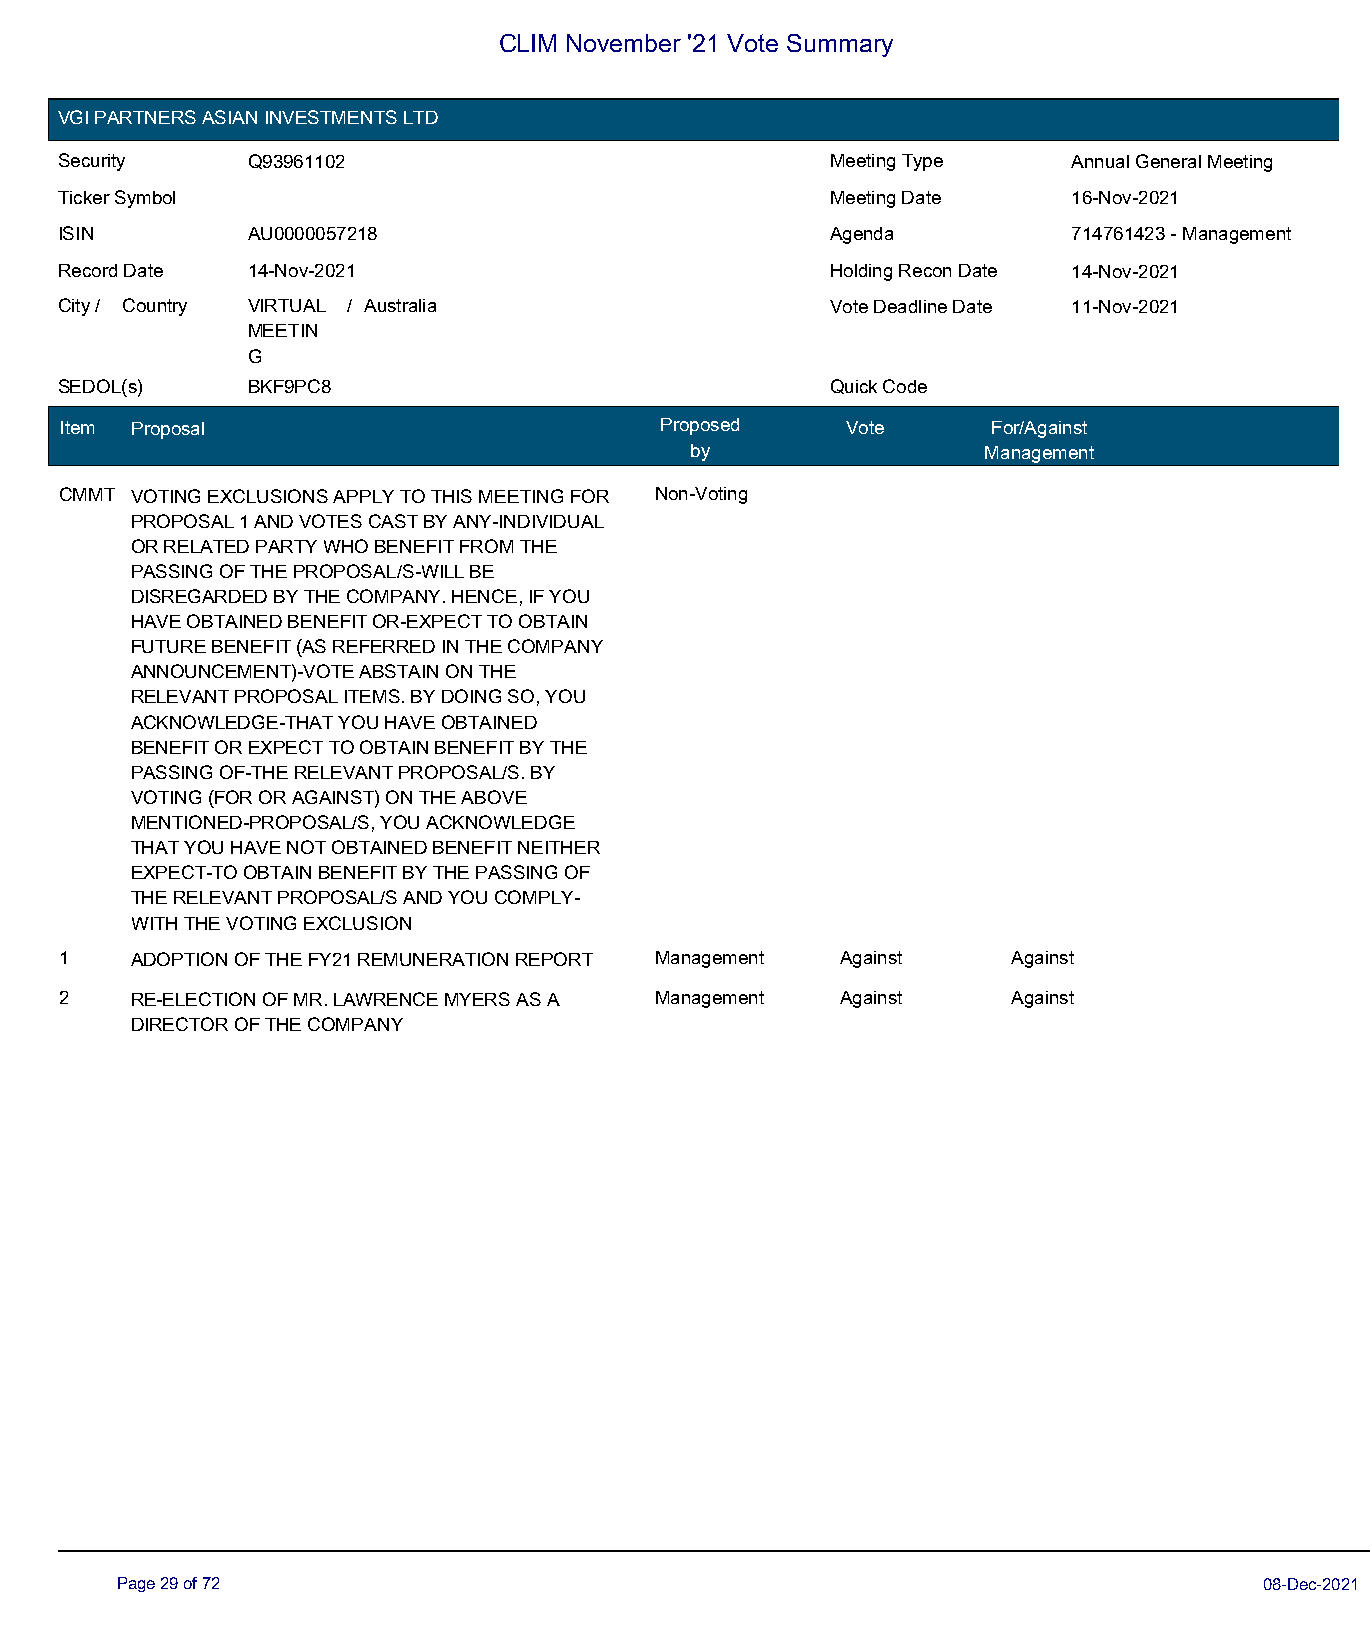
CLIM November '21 Vote Summary
 VGI PARTNERS ASIAN INVESTMENTS LTD
 Security    Q93961102                              Meeting Type    Annual General Meeting
 Ticker Symbol                                      Meeting Date    16-Nov-2021
 ISIN        AU0000057218                           Agenda          714761423 - Management
 Record Date 14-Nov-2021                            Holding Recon Date 14-Nov-2021
 City / Country VIRTUAL / Australia                 Vote Deadline Date 11-Nov-2021
 MEETIN
 G
 SEDOL(s)    BKF9PC8                                Quick Code
 Item Proposal                           Proposed    Vote      For/Against
 by                 Management
 CMMT VOTING EXCLUSIONS APPLY TO THIS MEETING FOR Non-Voting
 PROPOSAL 1 AND VOTES CAST BY ANY-INDIVIDUAL
 OR RELATED PARTY WHO BENEFIT FROM THE
 PASSING OF THE PROPOSAL/S-WILL BE
 DISREGARDED BY THE COMPANY. HENCE, IF YOU
 HAVE OBTAINED BENEFIT OR-EXPECT TO OBTAIN
 FUTURE BENEFIT (AS REFERRED IN THE COMPANY
 ANNOUNCEMENT)-VOTE ABSTAIN ON THE
 RELEVANT PROPOSAL ITEMS. BY DOING SO, YOU
 ACKNOWLEDGE-THAT YOU HAVE OBTAINED
 BENEFIT OR EXPECT TO OBTAIN BENEFIT BY THE
 PASSING OF-THE RELEVANT PROPOSAL/S. BY
 VOTING (FOR OR AGAINST) ON THE ABOVE
 MENTIONED-PROPOSAL/S, YOU ACKNOWLEDGE
 THAT YOU HAVE NOT OBTAINED BENEFIT NEITHER
 EXPECT-TO OBTAIN BENEFIT BY THE PASSING OF
 THE RELEVANT PROPOSAL/S AND YOU COMPLY-
 WITH THE VOTING EXCLUSION
 1    ADOPTION OF THE FY21 REMUNERATION REPORT Management Against Against
 2    RE-ELECTION OF MR. LAWRENCE MYERS AS A Management Against Against
 DIRECTOR OF THE COMPANY
 Page 29 of 72                                                               08-Dec-2021